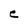
Character: e